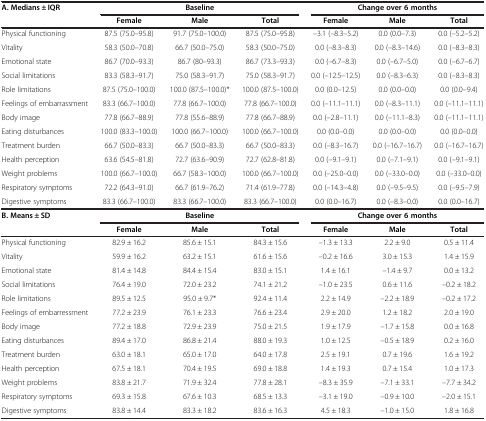
<table><thead><tr><td><b>A. Medians ± IQR</b></td><td colspan="3"><b>Baseline</b></td><td colspan="3"><b>Change over 6 months</b></td></tr><tr><td><b> </b></td><td><b>Female</b></td><td><b>Male</b></td><td><b>Total</b></td><td><b>Female</b></td><td><b>Male</b></td><td><b>Total</b></td></tr></thead><tbody><tr><td>Physical functioning</td><td>87.5 (75.0–95.8)</td><td>91.7 (75.0–100.0)</td><td>87.5 (75.0–95.8)</td><td>–3.1 (–8.3–5.2)</td><td>0.0 (0.0–7.3)</td><td>0.0 (–5.2–5.2)</td></tr><tr><td>Vitality</td><td>58.3 (50.0–70.8)</td><td>66.7 (50.0–75.0)</td><td>58.3 (50.0–75.0)</td><td>0.0 (–8.3–8.3)</td><td>0.0 (–8.3–14.6)</td><td>0.0 (–8.3–8.3)</td></tr><tr><td>Emotional state</td><td>86.7 (70.0–93.3)</td><td>86.7 (80–93.3)</td><td>86.7 (73.3–93.3)</td><td>0.0 (–6.7–8.3)</td><td>0.0 (–6.7–5.0)</td><td>0.0 (–6.7–6.7)</td></tr><tr><td>Social limitations</td><td>83.3 (58.3–91.7)</td><td>75.0 (58.3–91.7)</td><td>75.0 (58.3–91.7)</td><td>0.0 (–12.5–12.5)</td><td>0.0 (–8.3–6.3)</td><td>0.0 (–8.3–8.3)</td></tr><tr><td>Role limitations</td><td>87.5 (75.0–100.0)</td><td>100.0 (87.5–100.0)*</td><td>100.0 (87.5–100.0)</td><td>0.0 (0.0–12.5)</td><td>0.0 (0.0–0.0)</td><td>0.0 (0.0–9.4)</td></tr><tr><td>Feelings of embarrassment</td><td>83.3 (66.7–100.0)</td><td>77.8 (66.7–100.0)</td><td>77.8 (66.7–100.0)</td><td>0.0 (–11.1–11.1)</td><td>0.0 (–8.3–11.1)</td><td>0.0 (–11.1–11.1)</td></tr><tr><td>Body image</td><td>77.8 (66.7–88.9)</td><td>77.8 (55.6–88.9)</td><td>77.8 (66.7–88.9)</td><td>0.0 (–2.8–11.1)</td><td>0.0 (–11.1–8.3)</td><td>0.0 (–11.1–11.1)</td></tr><tr><td>Eating disturbances</td><td>100.0 (83.3–100.0)</td><td>100.0 (66.7–100.0)</td><td>100.0 (66.7–100.0)</td><td>0.0 (0.0–0.0)</td><td>0.0 (0.0–0.0)</td><td>0.0 (0.0–0.0)</td></tr><tr><td>Treatment burden</td><td>66.7 (50.0–83.3)</td><td>66.7 (50.0–83.3)</td><td>66.7 (50.0–83.3)</td><td>0.0 (–8.3–16.7)</td><td>0.0 (–16.7–16.7)</td><td>0.0 (–16.7–16.7)</td></tr><tr><td>Health perception</td><td>63.6 (54.5–81.8)</td><td>72.7 (63.6–90.9)</td><td>72.7 (62.8–81.8)</td><td>0.0 (–9.1–9.1)</td><td>0.0 (–7.1–9.1)</td><td>0.0 (–9.1–9.1)</td></tr><tr><td>Weight problems</td><td>100.0 (66.7–100.0)</td><td>66.7 (58.3–100.0)</td><td>100.0 (66.7–100.0)</td><td>0.0 (–25.0–0.0)</td><td>0.0 (–33.0–0.0)</td><td>0.0 (–33.0–0.0)</td></tr><tr><td>Respiratory symptoms</td><td>72.2 (64.3–91.0)</td><td>66.7 (61.9–76.2)</td><td>71.4 (61.9–77.8)</td><td>0.0 (–14.3–4.8)</td><td>0.0 (–9.5–9.5)</td><td>0.0 (–9.5–7.9)</td></tr><tr><td>Digestive symptoms</td><td>83.3 (66.7–100.0)</td><td>83.3 (66.7–100.0)</td><td>83.3 (66.7–100.0)</td><td>0.0 (0.0–16.7)</td><td>0.0 (–8.3–0.0)</td><td>0.0 (0.0–16.7)</td></tr><tr><td><b>B. Means ± SD</b></td><td colspan="3"><b>Baseline</b></td><td colspan="3"><b>Change over 6 months</b></td></tr><tr><td> </td><td><b>Female</b></td><td><b>Male</b></td><td><b>Total</b></td><td><b>Female</b></td><td><b>Male</b></td><td><b>Total</b></td></tr><tr><td>Physical functioning</td><td>82.9 ± 16.2</td><td>85.6 ± 15.1</td><td>84.3 ± 15.6</td><td>–1.3 ± 13.3</td><td>2.2 ± 9.0</td><td>0.5 ± 11.4</td></tr><tr><td>Vitality</td><td>59.9 ± 16.2</td><td>63.2 ± 15.1</td><td>61.6 ± 15.6</td><td>–0.2 ± 16.6</td><td>3.0 ± 15.3</td><td>1.4 ± 15.9</td></tr><tr><td>Emotional state</td><td>81.4 ± 14.8</td><td>84.4 ± 15.4</td><td>83.0 ± 15.1</td><td>1.4 ± 16.1</td><td>–1.4 ± 9.7</td><td>0.0 ± 13.2</td></tr><tr><td>Social limitations</td><td>76.4 ± 19.0</td><td>72.0 ± 23.2</td><td>74.1 ± 21.2</td><td>–1.0 ± 23.5</td><td>0.6 ± 11.6</td><td>–0.2 ± 18.2</td></tr><tr><td>Role limitations</td><td>89.5 ± 12.5</td><td>95.0 ± 9.7*</td><td>92.4 ± 11.4</td><td>2.2 ± 14.9</td><td>–2.2 ± 18.9</td><td>–0.2 ± 17.2</td></tr><tr><td>Feelings of embarressment</td><td>77.2 ± 23.9</td><td>76.1 ± 23.3</td><td>76.6 ± 23.4</td><td>2.9 ± 20.0</td><td>1.2 ± 18.2</td><td>2.0 ± 19.0</td></tr><tr><td>Body image</td><td>77.2 ± 18.8</td><td>72.9 ± 23.9</td><td>75.0 ± 21.5</td><td>1.9 ± 17.9</td><td>–1.7 ± 15.8</td><td>0.0 ± 16.8</td></tr><tr><td>Eating disturbances</td><td>89.4 ± 17.0</td><td>86.8 ± 21.4</td><td>88.0 ± 19.3</td><td>1.0 ± 12.5</td><td>–0.5 ± 18.9</td><td>0.2 ± 16.0</td></tr><tr><td>Treatment burden</td><td>63.0 ± 18.1</td><td>65.0 ± 17.0</td><td>64.0 ± 17.8</td><td>2.5 ± 19.1</td><td>0.7 ± 19.6</td><td>1.6 ± 19.2</td></tr><tr><td>Health perception</td><td>67.5 ± 18.1</td><td>70.4 ± 19.5</td><td>69.0 ± 18.8</td><td>1.4 ± 19.3</td><td>0.7 ± 15.4</td><td>1.0 ± 17.3</td></tr><tr><td>Weight problems</td><td>83.8 ± 21.7</td><td>71.9 ± 32.4</td><td>77.8 ± 28.1</td><td>–8.3 ± 35.9</td><td>–7.1 ± 33.1</td><td>–7.7 ± 34.2</td></tr><tr><td>Respiratory symptoms</td><td>69.3 ± 15.8</td><td>67.6 ± 10.3</td><td>68.5 ± 13.3</td><td>–3.1 ± 19.0</td><td>–0.9 ± 10.0</td><td>–2.0 ± 15.1</td></tr><tr><td>Digestive symptoms</td><td>83.8 ± 14.4</td><td>83.3 ± 18.2</td><td>83.6 ± 16.3</td><td>4.5 ± 18.3</td><td>–1.0 ± 15.0</td><td>1.8 ± 16.8</td></tr></tbody></table>